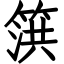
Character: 篊